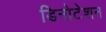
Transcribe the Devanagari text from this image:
डिनोटेशन